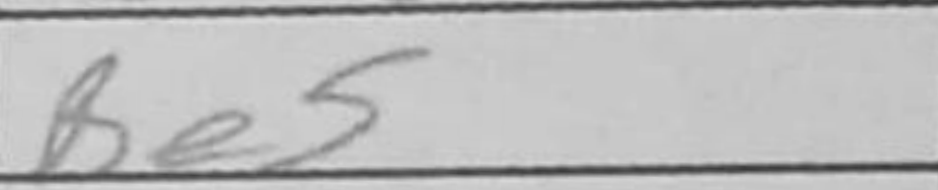
Transcription: Be5